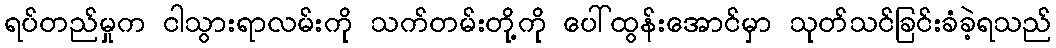
ရပ်တည်မှုက ငါသွားရာလမ်းကို သက်တမ်းတို့ကို ပေါ်ထွန်းအောင်မှာ သုတ်သင်ခြင်းခံခဲ့ရသည်